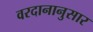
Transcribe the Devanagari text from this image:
वरदानानुसार